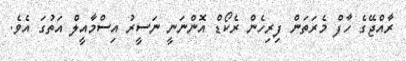
ރާއްޖޭގެ ހާފް މެރަތަން ފިރިހެން ރެކޯޑް އޮންނަނީ ނަސީރު އިސްމާއީލް އަތުގަ އެވެ.